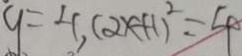
y = 4 , ( 2 x + 1 ) ^ { 2 } = 4